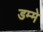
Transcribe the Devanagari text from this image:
डम्मे